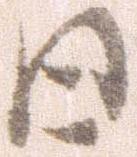
日